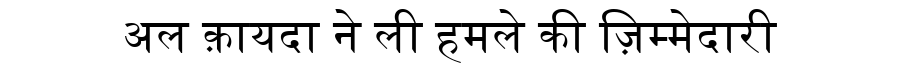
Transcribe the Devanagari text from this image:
अल क़ायदा ने ली हमले की ज़िम्मेदारी